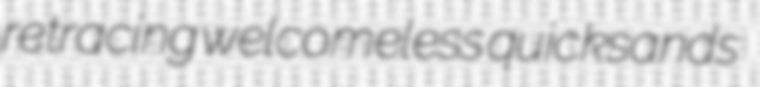
retracing welcomeless quicksands